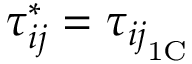
\tau _ { i j } ^ { * } = \tau _ { { i j } _ { \mathrm { 1 C } } }